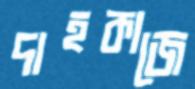
দাহকাজে